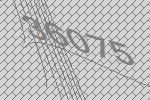
36075